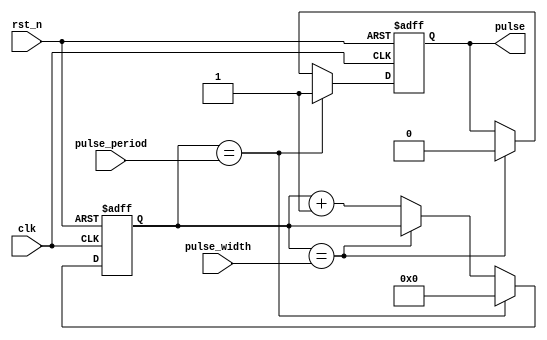
module SimplePulseGenerator(
    input clk,
    input rst_n,
    input [15:0] pulse_width,
    input [15:0] pulse_period,
    output reg pulse
);

reg [15:0] count;

always @(posedge clk or negedge rst_n) begin
    if (~rst_n) begin
        count <= 16'd0;
        pulse <= 1'b0;
    end else begin
        if (count == pulse_period) begin
            count <= 16'd0;
            pulse <= 1'b1;
        end else if (count == pulse_width) begin
            pulse <= 1'b0;
        end else begin
            count <= count + 1;
        end
    end
end

endmodule